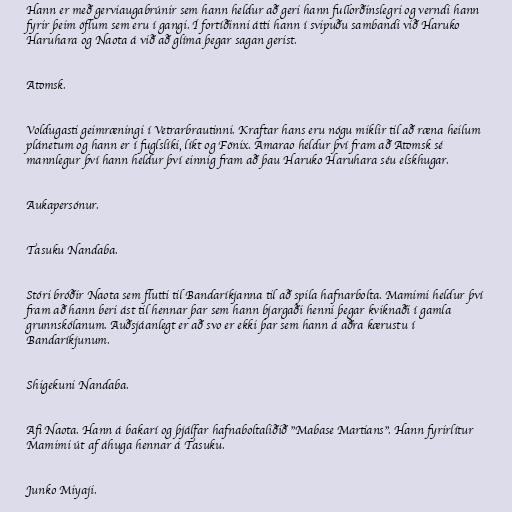
Hann er með gerviaugabrúnir sem hann heldur að geri hann fullorðinslegri og verndi hann
fyrir þeim öflum sem eru í gangi. Í fortíðinni átti hann í svipuðu sambandi við Haruko
Haruhara og Naota á við að glíma þegar sagan gerist.

Atomsk.

Voldugasti geimræningi í Vetrarbrautinni. Kraftar hans eru nógu miklir til að ræna heilum
plánetum og hann er í fuglslíki, líkt og Fönix. Amarao heldur því fram að Atomsk sé
mannlegur því hann heldur því einnig fram að þau Haruko Haruhara séu elskhugar.

Aukapersónur.

Tasuku Nandaba.

Stóri bróðir Naota sem flutti til Bandaríkjanna til að spila hafnarbolta. Mamimi heldur því
fram að hann beri ást til hennar þar sem hann bjargaði henni þegar kviknaði í gamla
grunnskólanum. Auðsjáanlegt er að svo er ekki þar sem hann á aðra kærustu í
Bandaríkjunum.

Shigekuni Nandaba.

Afi Naota. Hann á bakarí og þjálfar hafnaboltaliðið "Mabase Martians". Hann fyrirlítur
Mamimi út af áhuga hennar á Tasuku.

Junko Miyaji.